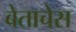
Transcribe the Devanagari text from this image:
बेताचेस